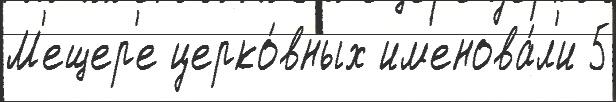
М'ещер'е церко́вных им'енова́л'и 5